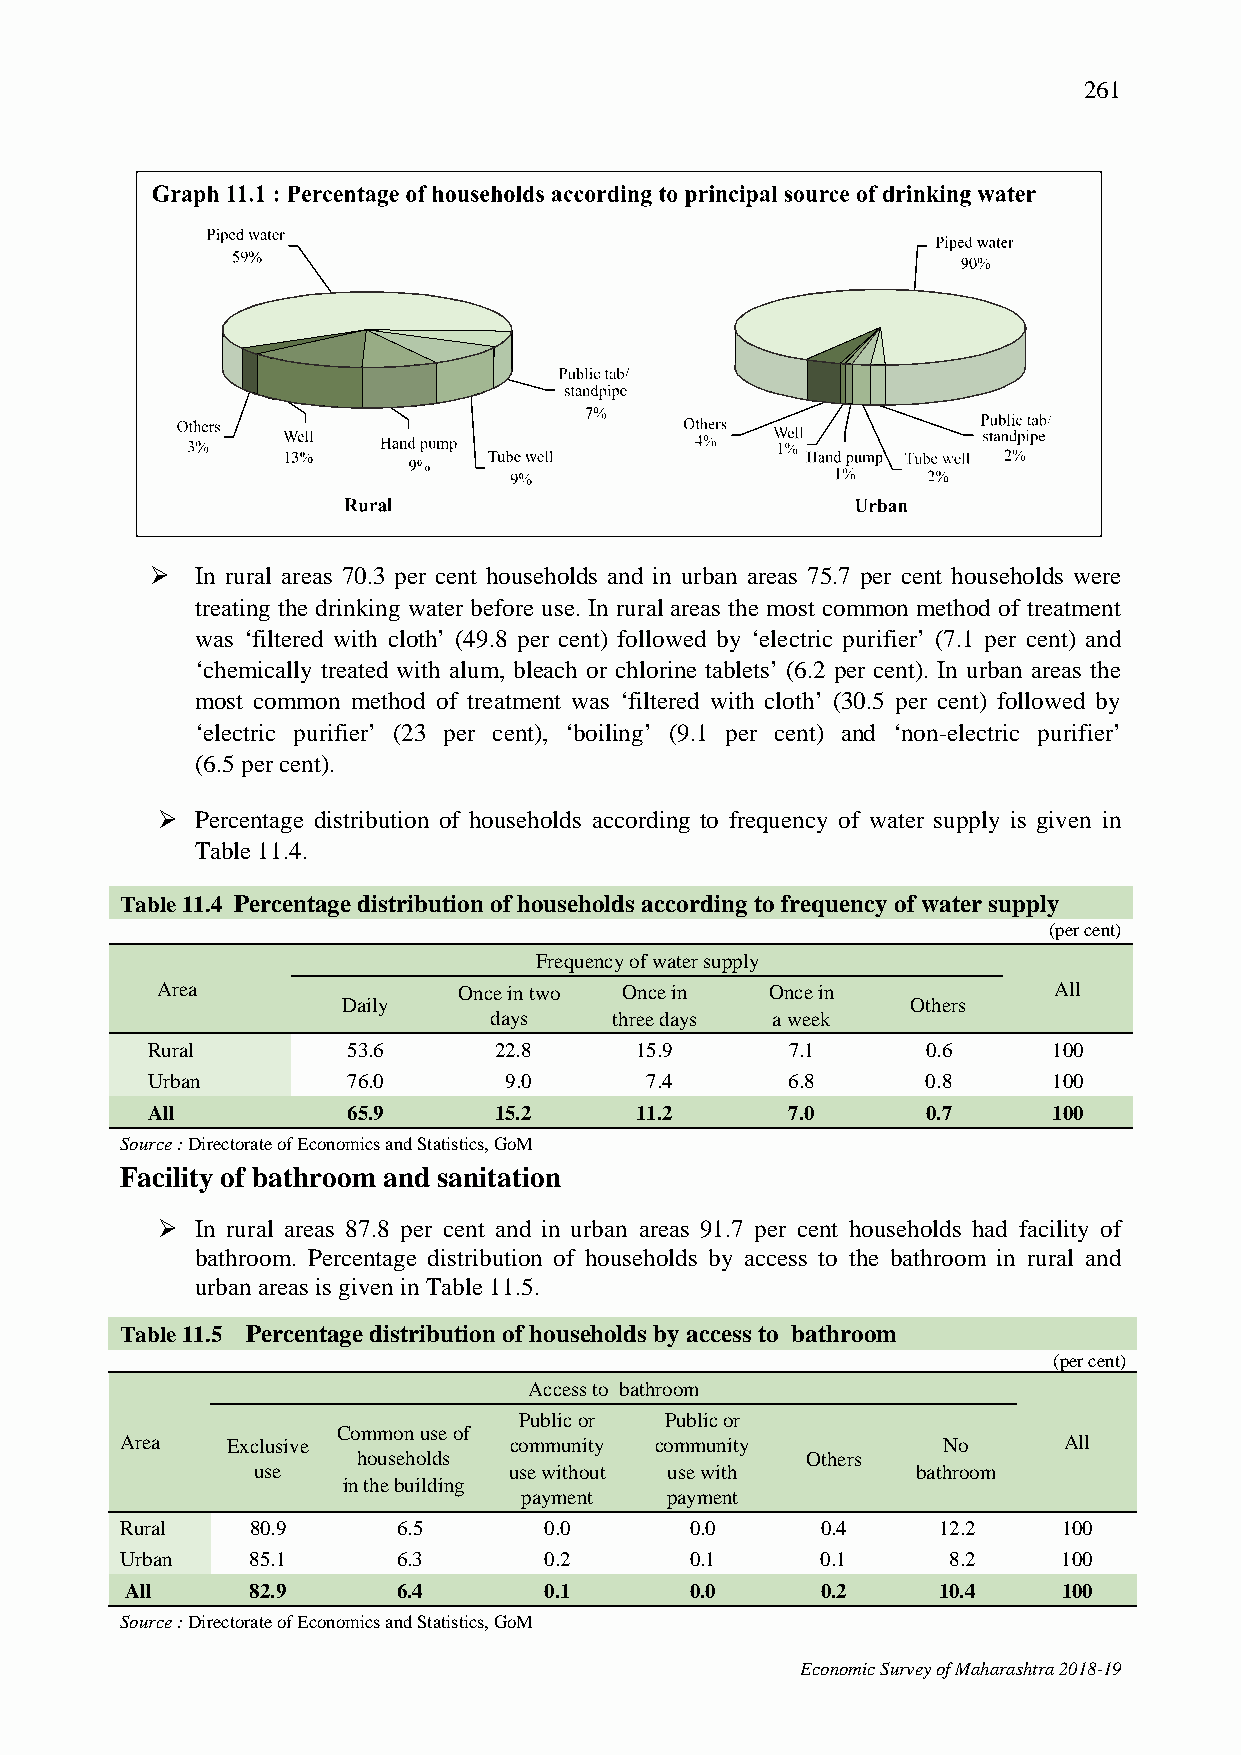
261
   In rural areas 70.3 per cent households and in urban areas 75.7 per cent households were
 treating the drinking water before use. In rural areas the most common method of treatment
 was ‘filtered with cloth’ (49.8 per cent) followed by ‘electric purifier’ (7.1 per cent) and
 ‘chemically treated with alum, bleach or chlorine tablets’ (6.2 per cent). In urban areas the
 most common method of treatment was ‘filtered with cloth’ (30.5 per cent) followed by
 ‘electric purifier’ (23 per cent), ‘boiling’ (9.1 per cent) and ‘non-electric purifier’
 (6.5 per cent).
   Percentage distribution of households according to frequency of water supply is given in
 Table 11.4.
 Table 11.4 Percentage distribution of households according to frequency of water supply
 (per cent)
 Frequency of water supply
 Area                Once in two Once in  Once in            All
 Daily                                Others
 days     three days a week
 Rural        53.6      22.8     15.9      7.1      0.6      100
 Urban        76.0      9.0       7.4      6.8      0.8      100
 All          65.9      15.2     11.2      7.0      0.7      100
 Source : Directorate of Economics and Statistics, GoM
 Facility of bathroom and sanitation
   In rural areas 87.8 per cent and in urban areas 91.7 per cent households had facility of
 bathroom. Percentage distribution of households by access to the bathroom in rural and
 urban areas is given in Table 11.5.
 Table 11.5 Percentage distribution of households by access to bathroom
 (per cent)
 Access to bathroom
 Public or Public or
 Common use of
 Area   Exclusive          community community         No      All
 households                   Others
 use              use without use with       bathroom
 in the building
 payment   payment
 Rural    80.9     6.5       0.0       0.0     0.4     12.2    100
 Urban    85.1     6.3       0.2       0.1     0.1      8.2    100
 All      82.9     6.4       0.1       0.0     0.2     10.4    100
 Source : Directorate of Economics and Statistics, GoM
 Economic Survey of Maharashtra 2018-19